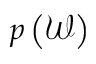
p \left( \mathcal { W } \right)